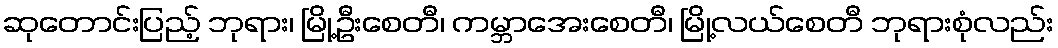
ဆုတောင်းပြည့် ဘုရား၊ မြို့ဦးစေတီ၊ ကမ္ဘာအေးစေတီ၊ မြို့လယ်စေတီ ဘုရားစုံလည်း